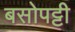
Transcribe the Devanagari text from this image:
बसोपट्टी